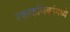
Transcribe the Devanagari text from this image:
रक्तकणिकांमध्ये